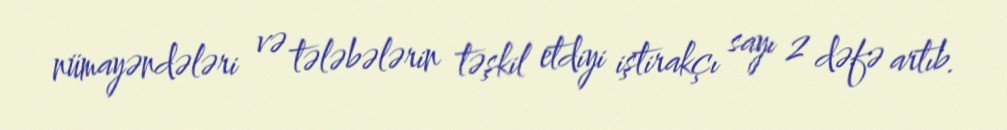
nümayəndələri və tələbələrin təşkil etdiyi iştirakçı sayı 2 dəfə artıb.